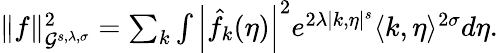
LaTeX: \begin{array}{r}{\| f\| _{\mathcal G^{s,\lambda,\sigma}}^{2}=\sum_{k}\int\left|\hat{f}_{k}(\eta)\right|^{2}e^{2\lambda|k,\eta|^{s}}\langle k,\eta\rangle^{2\sigma}d\eta.}\end{array}